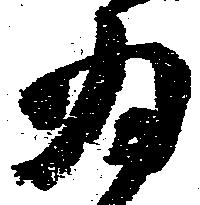
為